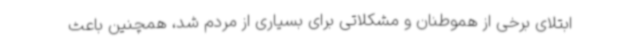
ابتلای برخی از هموطنان و مشکلاتی برای بسیاری از مردم شد، همچنین باعث